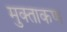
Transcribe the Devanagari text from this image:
मुक्ताकण